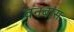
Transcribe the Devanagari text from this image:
वनबास